Mental hospitals Bombay report 1921-28 - 1921-1928
Year: 1921
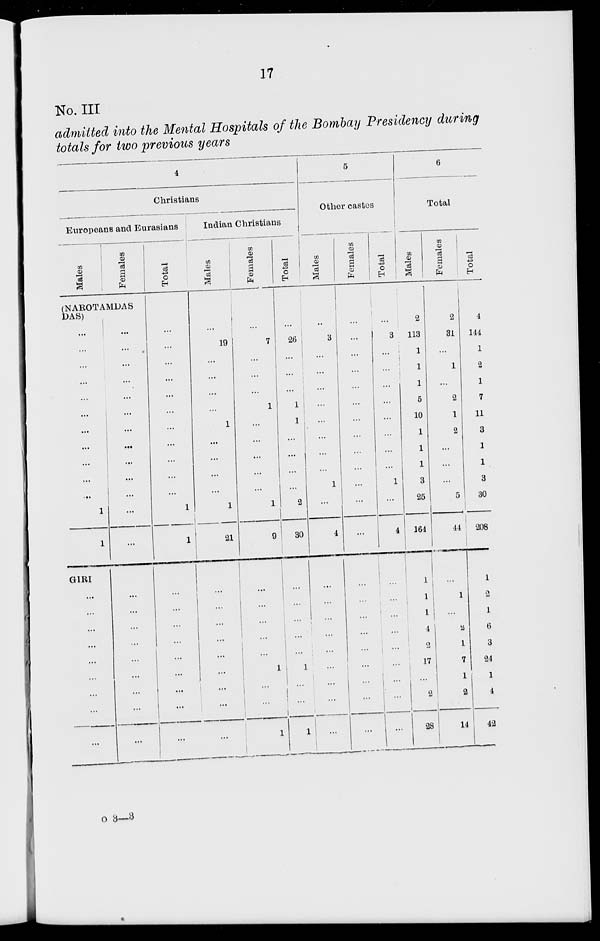
17
No. III
admitted into the Mental Hospitals of the Bombay Presidency during
totals for two previous years
4
Christians
Europeans and Eurasians
Males
Females
(NAROTAMDAS
DAS)
...
...
...
...
...
...
...
...
...
...
...
1
1
GIRI
...
...
...
...
...
...
...
...
...
...
...
...
...
...
...
...
...
...
...
...
...
...
...
...
...
...
...
...
...
...
...
Total
...
...
...
...
...
...
...
...
...
...
...
1
1
...
...
...
...
...
...
...
...
...
Indian Christians
Males
...
19
...
...
...
...
1
...
...
...
...
1
21
Females
...
7
...
...
...
1
...
...
...
...
...
1
9
...
...
...
...
...
...
...
...
...
...
...
...
...
...
1
...
...
1
Total
...
26
...
...
...
1
1
...
...
...
...
2
30
...
...
...
...
...
1
...
...
1
5
Other castes
Males
...
3
...
...
...
...
...
...
...
...
1
...
4
...
...
...
...
...
...
...
...
...
Females
Total
...
...
...
...
...
...
...
...
...
...
...
...
...
...
3
...
...
...
...
...
...
...
...
1
...
4
...
...
...
...
...
...
...
...
...
...
...
...
...
...
...
...
...
...
6
Total
Males
2
113
1
1
1
5
10
1
1
1
3
25
164
1
1
1
4
2
17
...
2
28
Females
2
31
...
1
...
2
1
2
...
...
...
5
44
...
1
...
2
1
7
1
2
14
Total
4
144
1
2
1
7
11
3
1
1
3
30
208
1
2
1
6
3
24
1
4
42
o 3—3